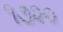
૧૭૨૦